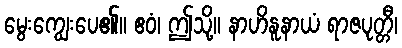
မွေးကျွေးပေ၏။ ဧဝံ၊ ဤသို့။ နာဟိနူနာယံ ရာဇပုတ္တီ၊